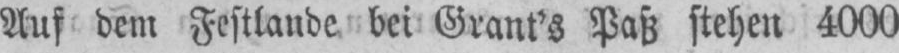
Auf dem Festlande bei Grant’s Paß stehen 4000